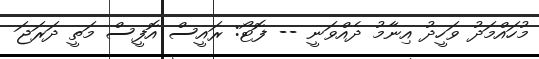
މުހައްމަދު ވަހީދު އިނާމު ދެއްވަނީ -- ފޮޓޯ: ރައީސް އޮފީސް މަތީ ދަރަޖަ